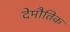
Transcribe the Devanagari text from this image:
देमौतिक